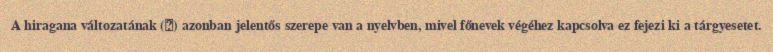
A hiragana változatának (を) azonban jelentős szerepe van a nyelvben, mivel főnevek végéhez kapcsolva ez fejezi ki a tárgyesetet.